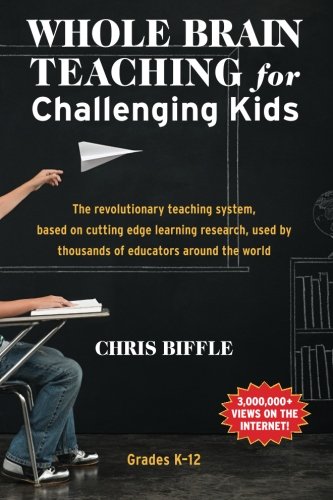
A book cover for Whole Brain Teaching for Challenging Kids: (and the rest of your class, too!); Chris Biffle; Education & Teaching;